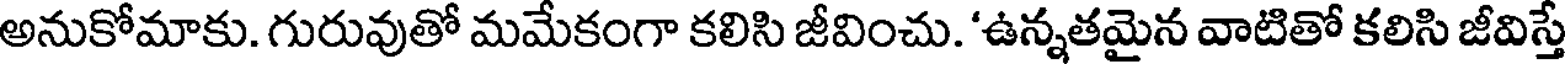
అనుకోమాకు. గురువుతో మమేకంగా కలిసి జీవించు. 'ఉన్నతమైన వాటితో కలిసి జీవిస్తే